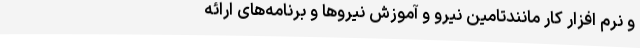
و نرم افزار کار مانندتامین نیرو و آموزش نیروها و برنامه‌های ارائه